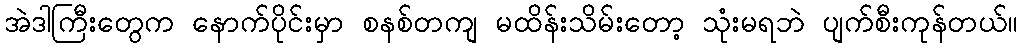
အဲဒါကြီးတွေက နောက်ပိုင်းမှာ စနစ်တကျ မထိန်းသိမ်းတော့ သုံးမရဘဲ ပျက်စီးကုန်တယ်။